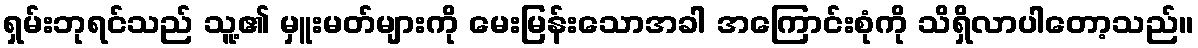
ရှမ်းဘုရင်သည် သူ့၏ မှူးမတ်များကို မေးမြန်းသောအခါ အကြောင်းစုံကို သိရှိလာပါတော့သည်။